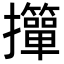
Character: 𢹺